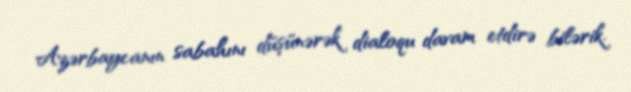
Azərbaycanın sabahını düşünərək dialoqu davam etdirə bilərik.